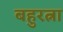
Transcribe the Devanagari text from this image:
बहुरत्ना